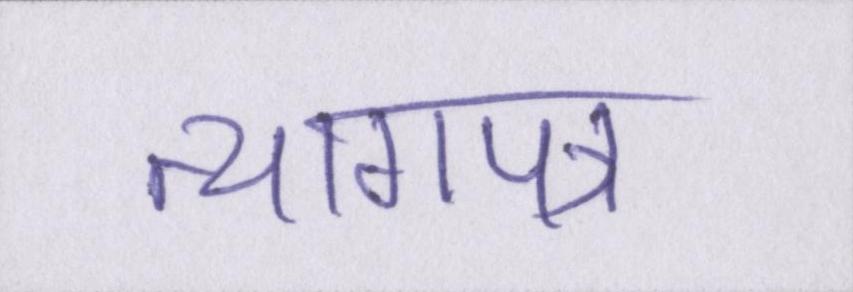
त्यागपत्र